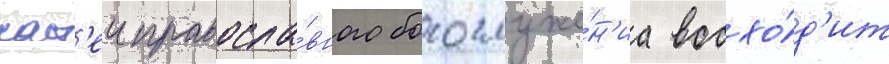
част'еи правосла́вного богослуже́н'иа восхо́д'ит